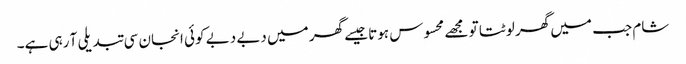
شام جب میں گھر لوٹتا تو مجھے محسوس ہوتا جیسے گھر میں دبے دبے کوئی انجان سی تبدیلی آ رہی ہے۔